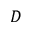
D